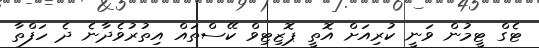
ޓެގް ޓީމުން ވަނީ ކުރިއަށް އޮތީ ޕޮޒިޓިވް ކޭސްތައް އިތުުރުވެދާނެ ދެ ހަފްތާ